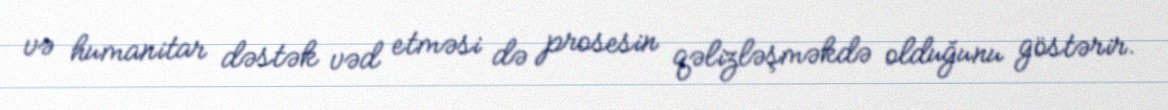
və humanitar dəstək vəd etməsi də prosesin qəlizləşməkdə olduğunu göstərir.